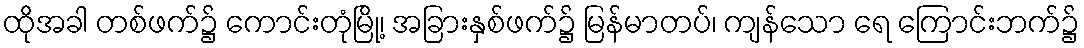
ထိုအခါ တစ်ဖက်၌ ကောင်းတုံမြို့၊ အခြားနှစ်ဖက်၌ မြန်မာတပ်၊ ကျန်သော ရေ ကြောင်းဘက်၌